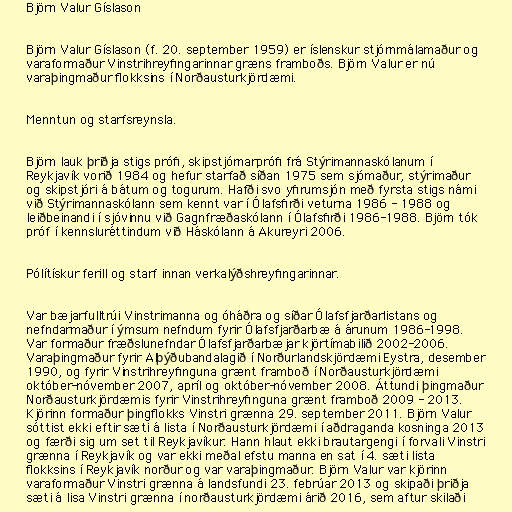
Björn Valur Gíslason

Björn Valur Gíslason (f. 20. september 1959) er íslenskur stjórnmálamaður og
varaformaður Vinstrihreyfingarinnar græns framboðs. Björn Valur er nú
varaþingmaður flokksins í Norðausturkjördæmi.

Menntun og starfsreynsla.

Björn lauk þriðja stigs prófi, skipstjórnarprófi frá Stýrimannaskólanum í
Reykjavík vorið 1984 og hefur starfað síðan 1975 sem sjómaður, stýrimaður
og skipstjóri á bátum og togurum. Hafði svo yfirumsjón með fyrsta stigs námi
við Stýrimannaskólann sem kennt var í Ólafsfirði veturna 1986 - 1988 og
leiðbeinandi í sjóvinnu við Gagnfræðaskólann í Ólafsfirði 1986-1988. Björn tók
próf í kennsluréttindum við Háskólann á Akureyri 2006.

Pólítískur ferill og starf innan verkalýðshreyfingarinnar.

Var bæjarfulltrúi Vinstrimanna og óháðra og síðar Ólafsfjarðarlistans og
nefndarmaður í ýmsum nefndum fyrir Ólafsfjarðarbæ á árunum 1986-1998.
Var formaður fræðslunefndar Ólafsfjarðarbæjar kjörtímabilið 2002-2006.
Varaþingmaður fyrir Alþýðubandalagið í Norðurlandskjördæmi Eystra, desember
1990, og fyrir Vinstrihreyfinguna grænt framboð í Norðausturkjördæmi
október-nóvember 2007, apríl og október-nóvember 2008. Áttundi þingmaður
Norðausturkjördæmis fyrir Vinstrihreyfinguna grænt framboð 2009 - 2013.
Kjörinn formaður þingflokks Vinstri grænna 29. september 2011. Björn Valur
sóttist ekki eftir sæti á lista í Norðausturkjördæmi í aðdraganda kosninga 2013
og færði sig um set til Reykjavíkur. Hann hlaut ekki brautargengi í forvali Vinstri
grænna í Reykjavík og var ekki meðal efstu manna en sat í 4. sæti lista
flokksins í Reykjavík norður og var varaþingmaður. Björn Valur var kjörinn
varaformaður Vinstri grænna á landsfundi 23. febrúar 2013 og skipaði þriðja
sæti á lisa Vinstri grænna í norðausturkjördæmi árið 2016, sem aftur skilaði